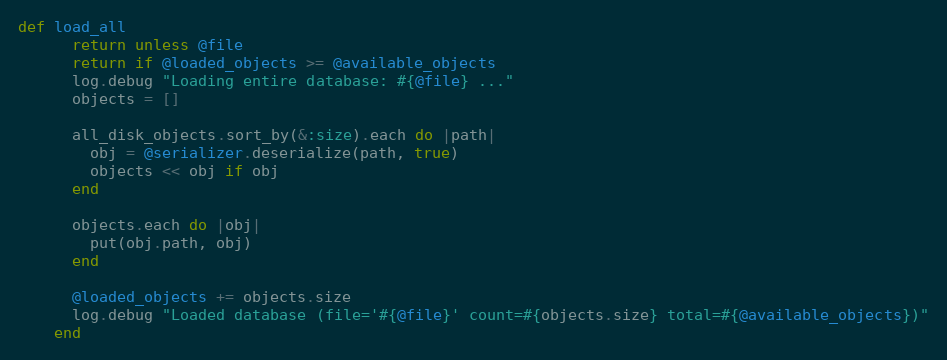
Language: Ruby
def load_all
      return unless @file
      return if @loaded_objects >= @available_objects
      log.debug "Loading entire database: #{@file} ..."
      objects = []

      all_disk_objects.sort_by(&:size).each do |path|
        obj = @serializer.deserialize(path, true)
        objects << obj if obj
      end

      objects.each do |obj|
        put(obj.path, obj)
      end

      @loaded_objects += objects.size
      log.debug "Loaded database (file='#{@file}' count=#{objects.size} total=#{@available_objects})"
    end